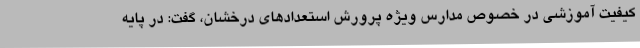
کیفیت آموزشی در خصوص مدارس ویژه پرورش استعدادهای درخشان، گفت: در پایه